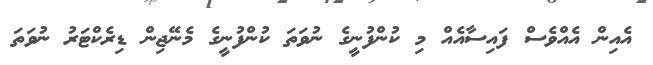
އެއިން އެއްވެސް ފައިސާއެއް މި ކުންފުނީގެ ނުވަތަ ކުންފުނީގެ މެނޭޖިން ޑިރެކްޓަރު ނުވަތަ